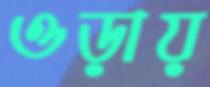
ওড়ায়